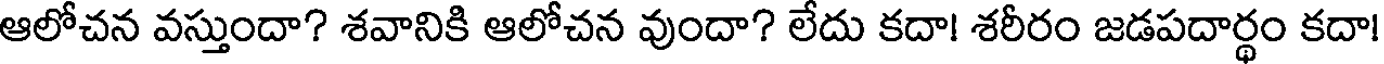
ఆలోచన వస్తుందా? శవానికి ఆలోచన వుందా? లేదు కదా! శరీరం జడపదార్థం కదా